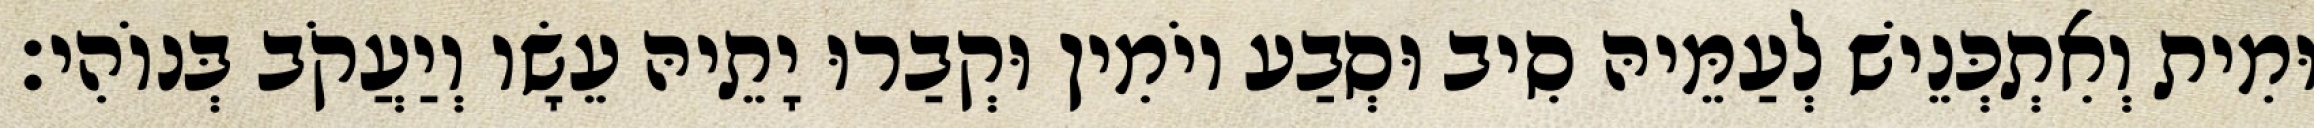
וּמִית וְאִתְכְּנֵישׁ לְעַמֵּיהּ סִיב וּסְבַע יוֹמִין וּקְבַרוּ יָתֵיהּ עֵשָׂו וְיַעֲקֹב בְּנוֹהִי׃